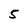
Character: 5